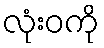
လုံးဝကို